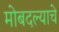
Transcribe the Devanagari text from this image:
मोबदल्याचे